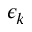
\epsilon _ { k }